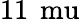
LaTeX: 11\, \mathrm{\ mu}